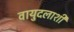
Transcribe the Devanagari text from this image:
वायुदलाशी